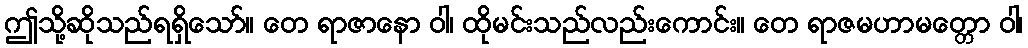
ဤသို့ဆိုသည်ရရှိသော်။ တေ ရာဇာနော ဝါ၊ ထိုမင်းသည်လည်းကောင်း။ တေ ရာဇမဟာမတ္တော ဝါ၊